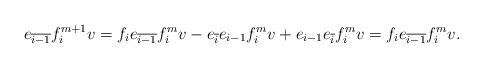
LaTeX: \begin{align*}e_{\overline{i-1}}f_{i}^{m+1}v = f_ie_{\overline{i-1}}f_i^mv - e_{\overline{i}}e_{i-1}f_i^mv + e_{i-1}e_{\overline{i}}f_i^mv = f_ie_{\overline{i-1}}f_i^mv.\end{align*}